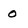
Character: 0